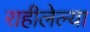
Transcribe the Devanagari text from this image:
राहीलेल्या